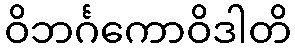
ဝိဘင်္ဂကောဝိဒါတိ